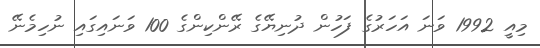
މިއީ 1992 ވަނަ އަހަރުގެ ފަހުން ދުނިޔޭގެ ރޭންކިންގެ 100 ވަނައިގައި ނުހިމެނޭ